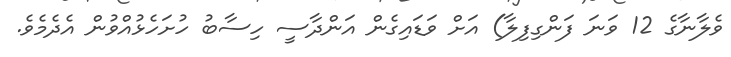
ވެލާނާގެ 12 ވަނަ ފަންގިފިލާ) އަށް ވަޑައިގެން އަންދާސީ ހިސާބު ހުށަހެޅުއްވުން އެދެމެވެ.